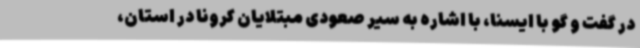
در گفت و گو با ایسنا، با اشاره به سیر صعودی مبتلایان کرونا در استان،